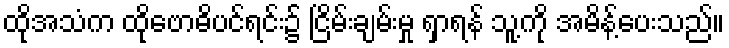
ထိုအသံက ထိုဗောဓိပင်ရင်း၌ ငြိမ်းချမ်းမှု ရှာရန် သူ့ကို အမိန့်ပေးသည်။